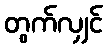
တွက်လျှင်